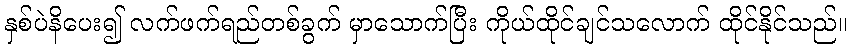
နှစ်ပဲနိပေး၍ လက်ဖက်ရည်တစ်ခွက် မှာသောက်ပြီး ကိုယ်ထိုင်ချင်သလောက် ထိုင်နိုင်သည်။